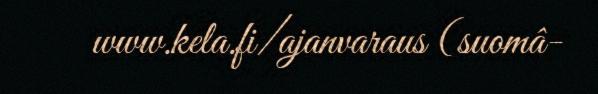
www.kela.fi/ajanvaraus (suomâ-